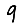
Digit: 9